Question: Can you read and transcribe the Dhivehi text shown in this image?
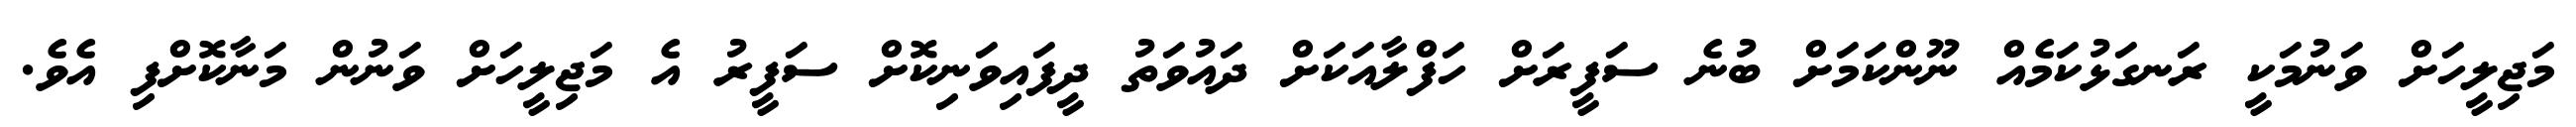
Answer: މަޖިލީހަށް ވަނުމަކީ ރަނގަޅުކަމެއް ނޫންކަމަށް ބުނެ ސަފީރަށް ހަފްލާއަކަށް ދައުވަތު ދީފައިވަނިކޮށް ސަފީރު އެ މަޖިލީހަށް ވަނުން މަނާކޮށްފި އެވެ.